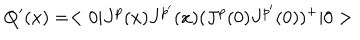
Q ^ { \prime } ( x ) = < 0 | J ^ { p } ( x ) J ^ { p ^ { \prime } } ( x ) ( J ^ { p } ( 0 ) J ^ { p ^ { \prime } } ( 0 ) ) ^ { + } | 0 >